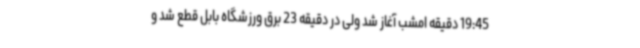
19:45 دقیقه امشب آغاز شد ولی در دقیقه 23 برق ورزشگاه بابل قطع شد و